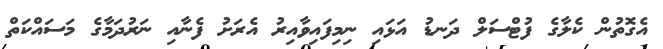
އެގޮތުން ކެލާގެ ފުޓްސަލް ދަނޑު އަޅައި ނިމިފައިވާއިރު އެރަށު ފެނާއި ނަރުދަމާގެ މަސައްކަތް